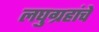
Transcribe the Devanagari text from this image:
लघुग्रहांचे